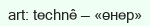
art: technê — «өнер»